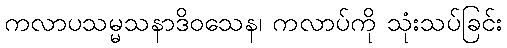
ကလာပသမ္မသနာဒိဝသေန၊ ကလာပ်ကို သုံးသပ်ခြင်း